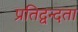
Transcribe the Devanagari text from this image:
प्रतिद्वन्दता